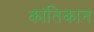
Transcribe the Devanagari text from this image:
कांतिकान